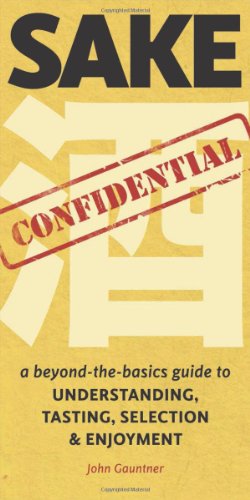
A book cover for Sake Confidential: A Beyond-the-Basics Guide to Understanding, Tasting, Selection, and Enjoyment; John Gauntner; Travel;